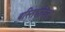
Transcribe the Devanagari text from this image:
बस्तिशोधक